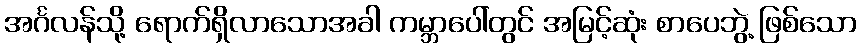
အင်္ဂလန်သို့ ရောက်ရှိလာသောအခါ ကမ္ဘာပေါ်တွင် အမြင့်ဆုံး စာပေဘွဲ့ ဖြစ်သော